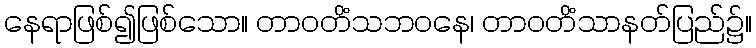
နေရာဖြစ်၍ဖြစ်သော။ တာဝတိံသဘဝနေ၊ တာဝတိံသာနတ်ပြည်၌။